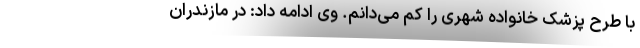
با طرح پزشک خانواده شهری را کم می‌دانم. وی ادامه داد: در مازندران